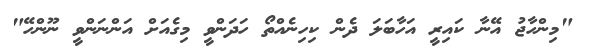
"މިންހާޖު އޭނާ ކައިރީ އަހާބަލަ ދެން ކިހިނެއްތޯ ހަދަންވީ މިގެއަށް އަންނަންވީ ނޫންހޭ"